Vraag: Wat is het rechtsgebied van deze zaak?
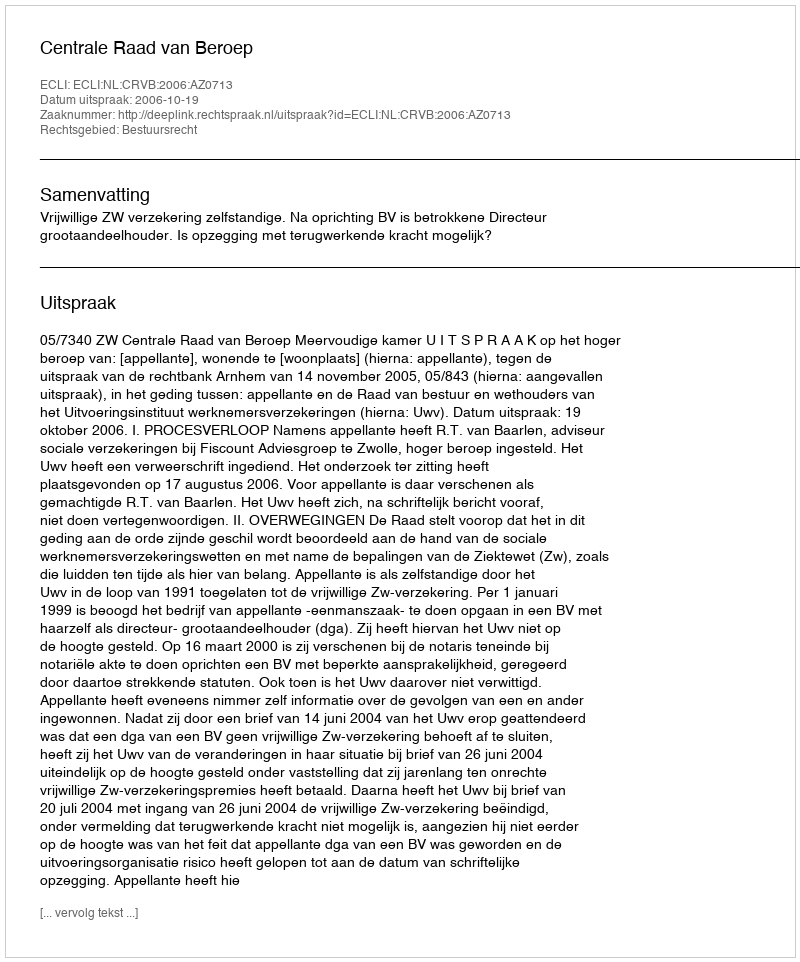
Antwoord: Bestuursrecht